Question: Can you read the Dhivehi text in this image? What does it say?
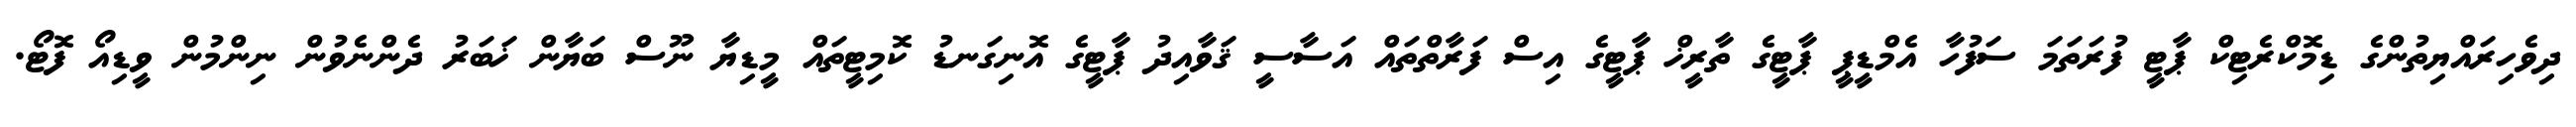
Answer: ދިވެހިރައްޔިތުންގެ ޑިމޮކްރެޓިކް ޕާޓީ ފުރަތަމަ ސަފުހާ އެމްޑީޕީ ޕާޓީގެ ތާރީޚް ޕާޓީގެ އިސް ފަރާތްތައް އަސާސީ ޤަވާއިދު ޕާޓީގެ އޮނިގަނޑު ކޮމިޓީތައް މީޑިޔާ ނޫސް ބަޔާން ޚަބަރު ދެންނެވުން ނިންމުން ވީޑިއޯ ފޮޓޯ.